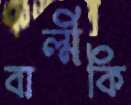
বাল্মীকি